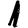
Digit: 1